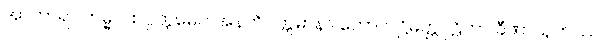
အာကာရာ ကမ္မပထပ္ပတ္တမေဝ အနတိဝတ္တမာနာ ကောလဋ္ဌိမတ္တဂုဠိကာ ခီဏာယုကဿ